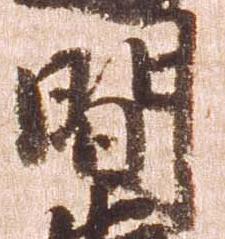
間